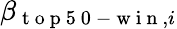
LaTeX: \beta_{\mathrm{~t~o~p~5~0~-~w~i~n~},i}